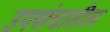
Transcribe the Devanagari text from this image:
उपसंचातील